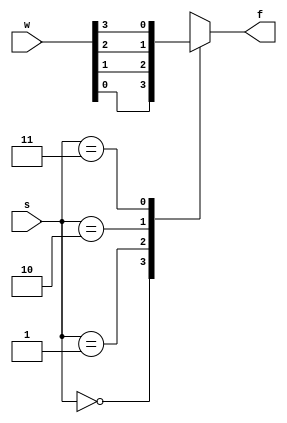
module mux4to1(s,w,f);
input [1:0] s;
input [3:0] w;
output reg f;

always @ (s,w) begin
case (s)
2'b00: f=w[0];
2'b01: f=w[1];
2'b10: f=w[2];
2'b11: f=w[3];
endcase
end
endmodule

module dff(Q, D, clk);
input D;
input clk;
output reg Q;
always @(posedge clk) begin
    Q<=D;
end
endmodule

module q3(I, s, clk, inp, A);
input [3:0] I;
input [1:0] s;
input clk, inp;
output [3:0] A;
wire [3:0] m3, m2, m1, m0, D;
assign m3 = {A[3], A[3], I[3], A[2]};
assign m2 = {A[2], A[2], I[2], A[1]};
assign m1 = {A[1], A[1], I[1], A[0]};
assign m0 = {A[0], A[0], I[0], inp};

mux4to1 s0(s, m3, D[3]);
mux4to1 s1(s, m2, D[2]);
mux4to1 s2(s, m1, D[1]);
mux4to1 s3(s, m0, D[0]);

dff s4(A[3], D[3], clk);
dff s5(A[2], D[2], clk);
dff s6(A[1], D[1], clk);
dff s7(A[0], D[0], clk);
endmodule